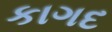
કાગદ